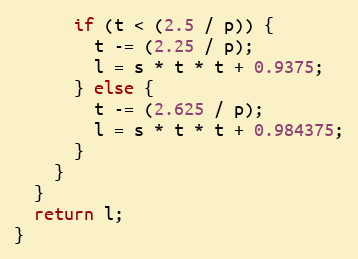
Language: JavaScript
      if (t < (2.5 / p)) {
        t -= (2.25 / p);
        l = s * t * t + 0.9375;
      } else {
        t -= (2.625 / p);
        l = s * t * t + 0.984375;
      }
    }
  }
  return l;
}